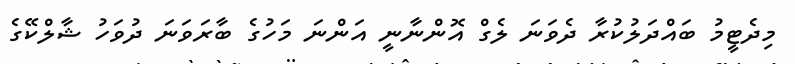
މިދެޓީމު ބައްދަލުކުރާ ދެވަނަ ލެގް އޮންނާނީ އަންނަ މަހުގެ ބާރަވަނަ ދުވަހު ޝާލްކޭގެ